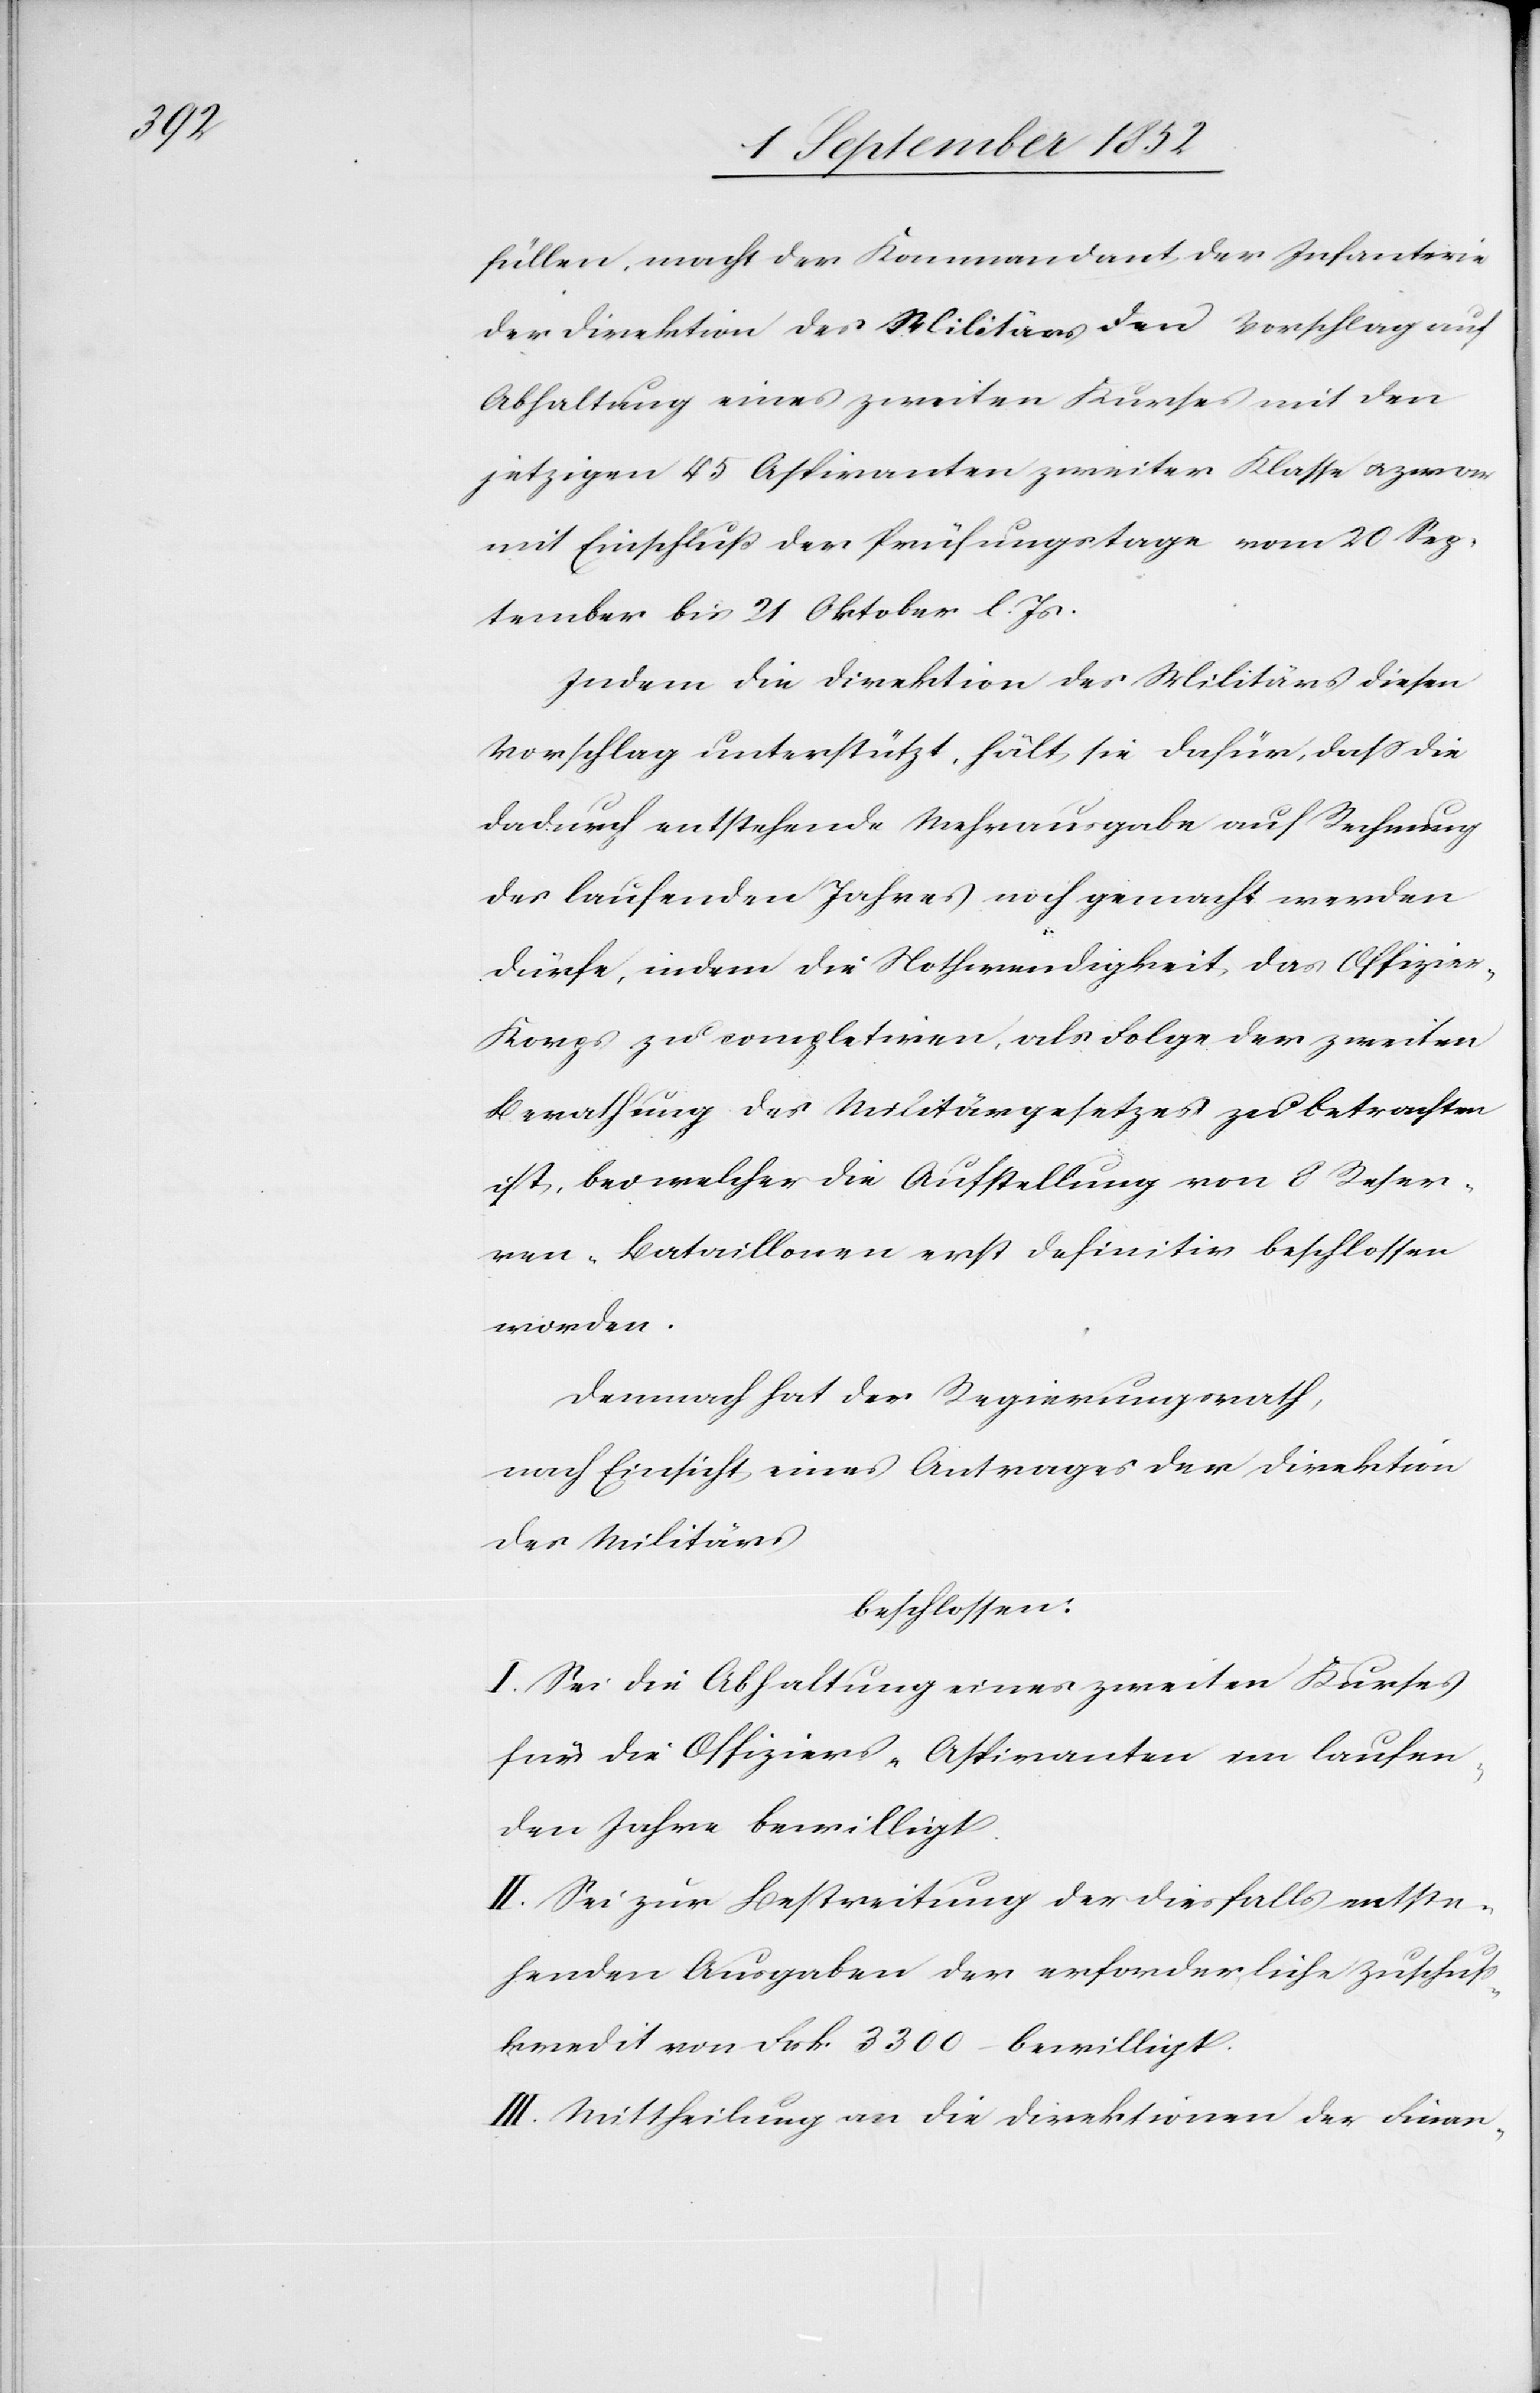
füllen, macht der Kommandant der Infanterie
der Direktion des Militärs den Vorschlag auf
Abhaltung eines zweiten Kurses mit den
jetzigen 45 Aspiranten zweiter Klasse & zwar
mit Einschluß der Prüfungstage vom 20 Sep¬
tember bis 21 Oktober l. Js.
Indem die Direktion des Militärs diesen
Vorschlag unterstützt, hält sie dafür, dass die
dadurch entstehende Mehrausgabe auf Rechnung
des laufenden Jahres noch gemacht werden
dürfe, indem die Nothwendigkeit das Offizie¬
r-Korps zu completiren, als Folge der zweiten
Berathung des Militärgesetzes zu betrachten
ist, bei welcher die Aufstellung von 8 Reser¬
ven-Bataillonen erst definitiv beschlossen
worden.
Demnach hat der Regierungsrath,
nach Einsicht eines Antrages der Direktion
des Militärs
beschlossen:
I. Sei die Abhaltung eines zweiten Kurses
für die Offiziers-Aspiranten im laufen¬
den Jahre bewilligt.
II. Sei zur Bestreitung der diesfalls entste¬
henden Ausgaben der erforderliche Zuschus¬
skredit von Frk. 3300 – bewilligt.
III. Mittheilung an die Direktionen der Finan-